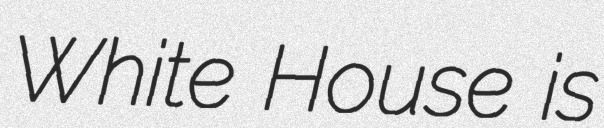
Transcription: White House is